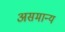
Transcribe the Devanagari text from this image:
असमान्‍य